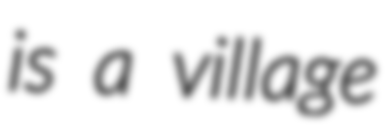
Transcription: is a village